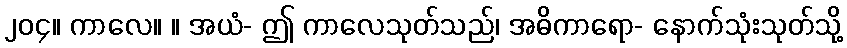
၂၀၄။ ကာလေ။ ။ အယံ- ဤ ကာလေသုတ်သည်၊ အဓိကာရော- နောက်သုံးသုတ်သို့